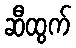
ဆီထွက်